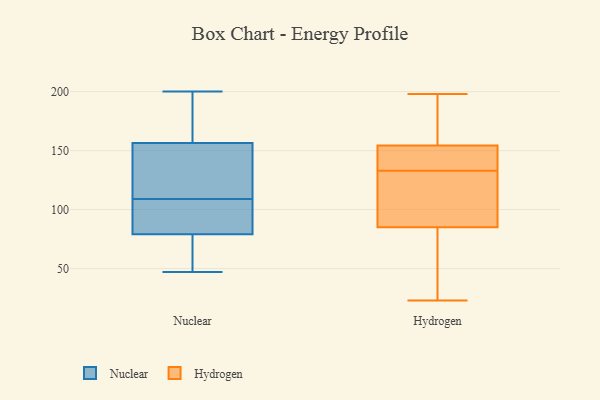
{"axis": {"x": "Demand Index", "y": "Value"}, "legend": ["Hydrogen", "Nuclear"], "data": [{"x": "", "y": 150, "type": "Nuclear"}, {"x": "", "y": 88, "type": "Nuclear"}, {"x": "", "y": 81, "type": "Nuclear"}, {"x": "", "y": 138, "type": "Nuclear"}, {"x": "", "y": 77, "type": "Nuclear"}, {"x": "", "y": 86, "type": "Nuclear"}, {"x": "", "y": 47, "type": "Nuclear"}, {"x": "", "y": 171, "type": "Nuclear"}, {"x": "", "y": 200, "type": "Nuclear"}, {"x": "", "y": 130, "type": "Nuclear"}, {"x": "", "y": 163, "type": "Nuclear"}, {"x": "", "y": 67, "type": "Nuclear"}, {"x": "", "y": 133, "type": "Hydrogen"}, {"x": "", "y": 154, "type": "Hydrogen"}, {"x": "", "y": 198, "type": "Hydrogen"}, {"x": "", "y": 160, "type": "Hydrogen"}, {"x": "", "y": 103, "type": "Hydrogen"}, {"x": "", "y": 76, "type": "Hydrogen"}, {"x": "", "y": 135, "type": "Hydrogen"}, {"x": "", "y": 155, "type": "Hydrogen"}, {"x": "", "y": 138, "type": "Hydrogen"}, {"x": "", "y": 23, "type": "Hydrogen"}, {"x": "", "y": 169, "type": "Hydrogen"}, {"x": "", "y": 50, "type": "Hydrogen"}, {"x": "", "y": 88, "type": "Hydrogen"}, {"x": "", "y": 122, "type": "Hydrogen"}, {"x": "", "y": 56, "type": "Hydrogen"}, {"x": "", "y": 133, "type": "Hydrogen"}, {"x": "", "y": 128, "type": "Hydrogen"}]}